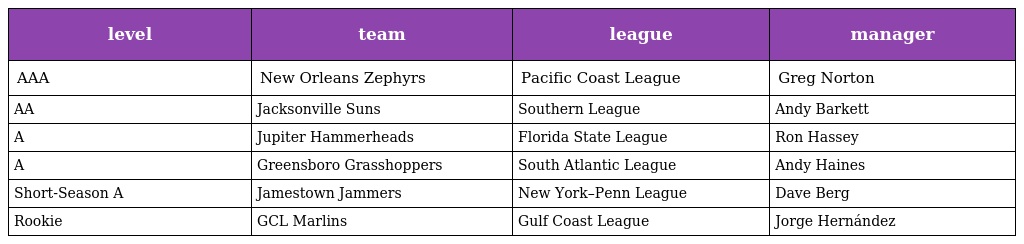
| level | team | league | manager |
 | --- | --- | --- | --- |
 | AAA | New Orleans Zephyrs | Pacific Coast League | Greg Norton |
 | AA | Jacksonville Suns | Southern League | Andy Barkett |
 | A | Jupiter Hammerheads | Florida State League | Ron Hassey |
 | A | Greensboro Grasshoppers | South Atlantic League | Andy Haines |
 | Short-Season A | Jamestown Jammers | New York–Penn League | Dave Berg |
 | Rookie | GCL Marlins | Gulf Coast League | Jorge Hernández |